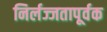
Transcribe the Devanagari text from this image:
निर्लज्जतापूर्वक